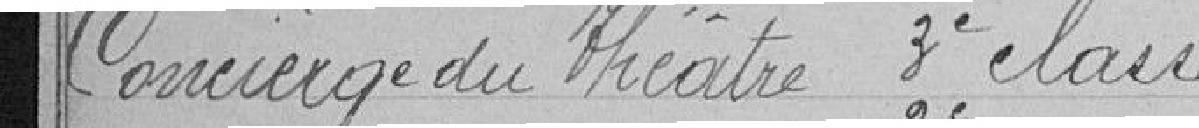
Concierge du théâtre troisième classe